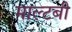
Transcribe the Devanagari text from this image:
माल्टबी